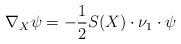
LaTeX: \begin{align*}\nabla_X\psi=-\frac{1}{2}S(X)\cdot\nu_1\cdot\psi\end{align*}